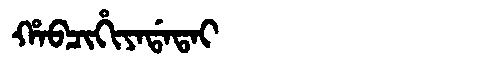
Manchu: ᡥᠠᠪᠴᡳᡥᡳᠶᠠᡩᠠᡨᠠᡳ
Romanization: HABCIHIYADATAI